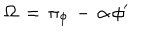
\Omega \, = \, \pi _ { \phi } \, - \, \alpha \, \phi ^ { \prime }